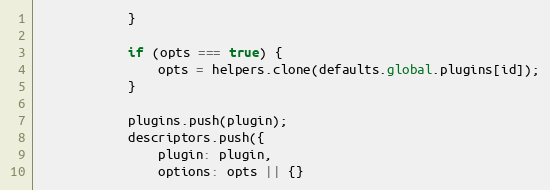
Language: JavaScript
			}

			if (opts === true) {
				opts = helpers.clone(defaults.global.plugins[id]);
			}

			plugins.push(plugin);
			descriptors.push({
				plugin: plugin,
				options: opts || {}